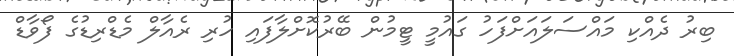
ބިރު ދެއްކި މައްސަލައަށްފަހު ގައުމީ ޓީމުން ބޭރުކޮށްލާފައި ހުރި ރެއާލް މެޑްރިޑުގެ ފޯވާޑް